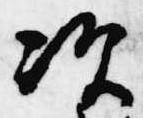
次